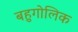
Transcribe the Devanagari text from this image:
बहुगोलिक